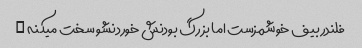
فلندر بیف خوشمزست اما بزرگ بودنش خوردنشو سخت میکنه …